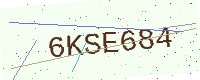
Text: 6KSE684